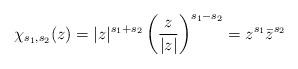
LaTeX: \begin{align*} \chi_{s_1,s_2}(z)=\vert z \vert^{s_1+s_2} \left( \frac{z}{\vert z \vert}\right)^{s_1-s_2} =z^{s_1}\bar z^{s_2}\end{align*}